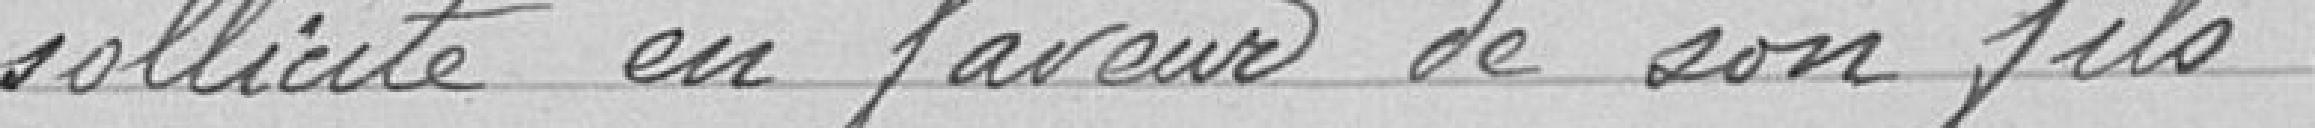
sollicite en faveur de son fils